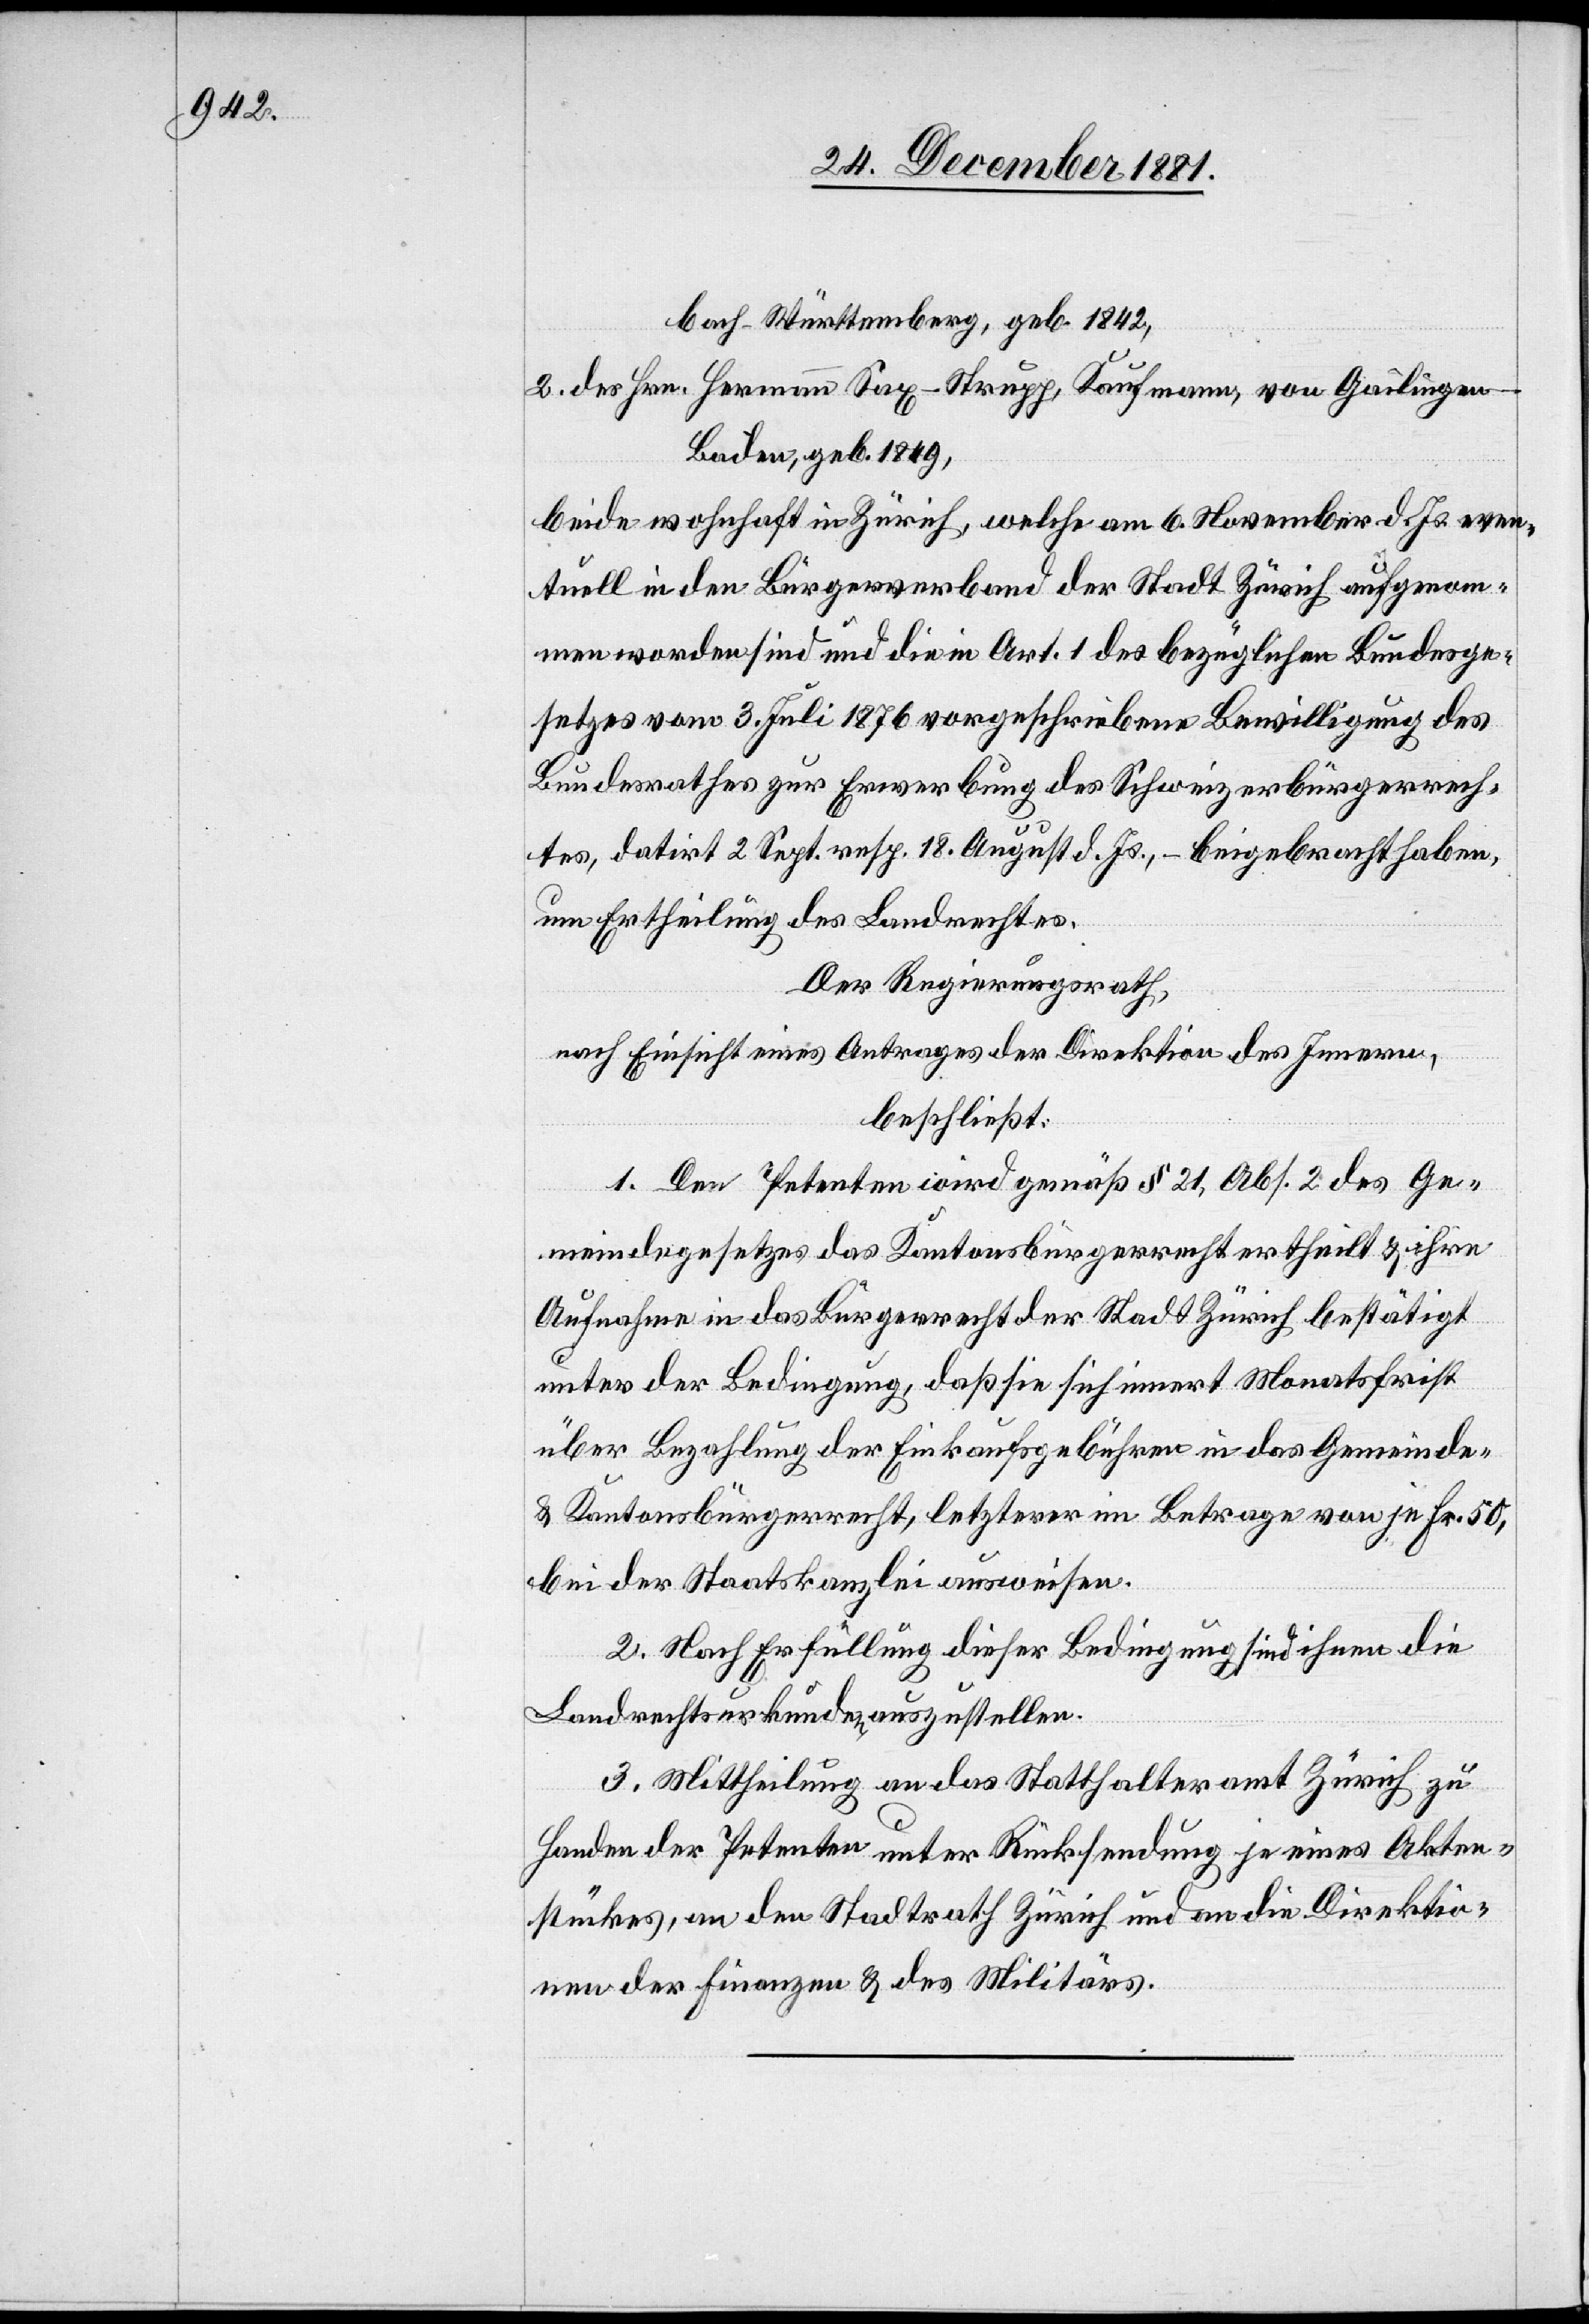
bach Württemberg, geb. 1842,
2. des Hrn. Hermann Sax-Strupp, Kaufmann, von Gailingen
Baden, geb. 1849,
beide wohnhaft in Zürich, welche am 6. November d. Js. even¬
tuell in den Bürgerverband der Stadt Zürich aufgenom¬
men worden sind und die in Art. 1 des bezüglichen Bundesge¬
setzes vom 3. Juli 1876 vorgeschriebene Bewilligung des
Bundesrathes zur Erwerbung des Schweizerbürgerrech¬
tes, datirt 2. Sept. resp. 18. August d. Js., – beigebracht haben,
um Ertheilung des Landrechtes.
Der Regierungsrath,
nach Einsicht eines Antrages der Direktion des Innern,
beschließt:
1. Den Petenten wird gemäß § 21, Abs. 2 des Ge¬
meindegesetzes das Kantonsbürgerrecht ertheilt & ihre
Aufnahme in das Bürgerrecht der Stadt Zürich bestätigt
unter der Bedingung, daß sie sich innert Monatsfrist
über Bezahlung der Einkaufsgebühren in das Gemeinde-
& Kantonsbürgerrecht, letzterer im Betrage von je Fr. 50,
bei der Staatskanzlei ausweisen.
2. Nach Erfüllung dieser Bedingung sind ihnen die
Landrechtsurkunden auszustellen.
3. Mittheilung an das Statthalteramt Zürich zu
Handen der Petenten unter Rücksendung je eines Akten¬
stückes, an den Stadtrath Zürich und an die Direktio¬
nen der Finanzen & des Militärs.